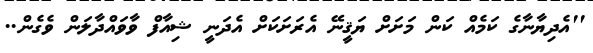
''އެދިޔާނާގެ ކަމެއް ކަން މަށަށް ޔަޤީނޭ އެރަށަކަށް އެދަނީ ޝިއާފް ވާވައްދާލަން ވެގެން..